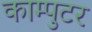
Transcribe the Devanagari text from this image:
काम्पुटर